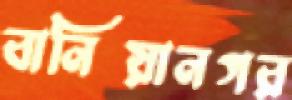
বানিয়ানগর